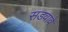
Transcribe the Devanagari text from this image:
सडवावे